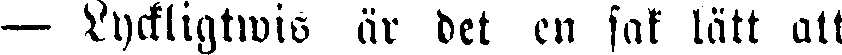
— Lyckligtwis är det en sak lätt att